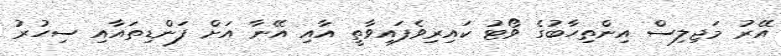
އޭރު މަޖިލިސް އިންތިހާބުގެ ވޯޓު ކައިރިވެފައިވާތީ އާއި އޭނާ އަށް ފަންޑިތައާއި ސިހުރު